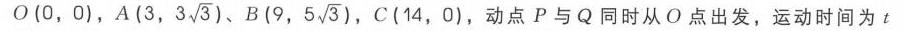
\(O(0,0)\)，\(A(3,3\sqrt{3})\)、\(B(9,5\sqrt{3})\)，\(C(14,0)\)，动点\(P\)与\(Q\)同时从\(O\)点出发，运动时间为\(t\)